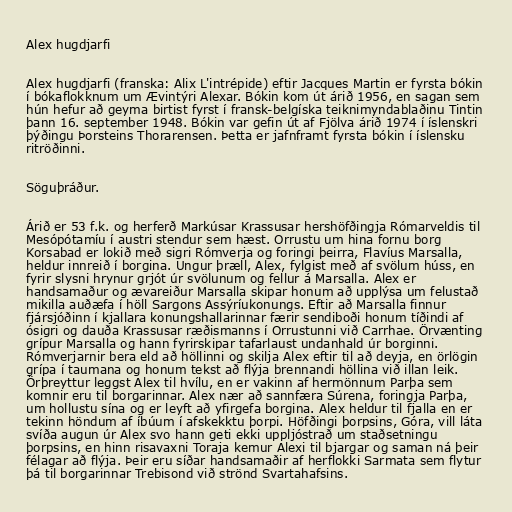
Alex hugdjarfi

Alex hugdjarfi (franska: Alix L'intrépide) eftir Jacques Martin er fyrsta bókin
í bókaflokknum um Ævintýri Alexar. Bókin kom út árið 1956, en sagan sem
hún hefur að geyma birtist fyrst í fransk-belgíska teiknimyndablaðinu Tintin
þann 16. september 1948. Bókin var gefin út af Fjölva árið 1974 í íslenskri
þýðingu Þorsteins Thorarensen. Þetta er jafnframt fyrsta bókin í íslensku
ritröðinni.

Söguþráður.

Árið er 53 f.k. og herferð Markúsar Krassusar hershöfðingja Rómarveldis til
Mesópótamíu í austri stendur sem hæst. Orrustu um hina fornu borg
Korsabad er lokið með sigri Rómverja og foringi þeirra, Flavíus Marsalla,
heldur innreið í borgina. Ungur þræll, Alex, fylgist með af svölum húss, en
fyrir slysni hrynur grjót úr svölunum og fellur á Marsalla. Alex er
handsamaður og ævareiður Marsalla skipar honum að upplýsa um felustað
mikilla auðæfa í höll Sargons Assýríukonungs. Eftir að Marsalla finnur
fjársjóðinn í kjallara konungshallarinnar færir sendiboði honum tíðindi af
ósigri og dauða Krassusar ræðismanns í Orrustunni við Carrhae. Örvænting
grípur Marsalla og hann fyrirskipar tafarlaust undanhald úr borginni.
Rómverjarnir bera eld að höllinni og skilja Alex eftir til að deyja, en örlögin
grípa í taumana og honum tekst að flýja brennandi höllina við illan leik.
Örþreyttur leggst Alex til hvílu, en er vakinn af hermönnum Parþa sem
komnir eru til borgarinnar. Alex nær að sannfæra Súrena, foringja Parþa,
um hollustu sína og er leyft að yfirgefa borgina. Alex heldur til fjalla en er
tekinn höndum af íbúum í afskekktu þorpi. Höfðingi þorpsins, Góra, vill láta
svíða augun úr Alex svo hann geti ekki uppljóstrað um staðsetningu
þorpsins, en hinn risavaxni Toraja kemur Alexi til bjargar og saman ná þeir
félagar að flýja. Þeir eru síðar handsamaðir af herflokki Sarmata sem flytur
þá til borgarinnar Trebisond við strönd Svartahafsins.